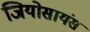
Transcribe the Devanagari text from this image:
जियोसायंस